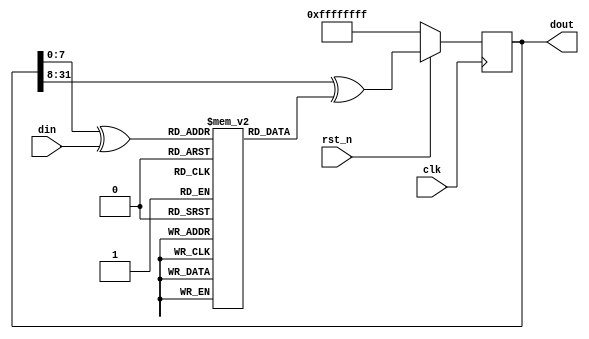
// CRC32 based on https://msdn.microsoft.com/en-us/library/dd905031.aspx
//
// 
//
//
//

module crc32 (input [7:0] din, input clk, input rst_n, output [31:0] dout);

  reg [31:0] crctbl [255:0];
  reg [31:0] crc;

  initial
    begin
        crctbl[0] <= 32'h00000000;
        crctbl[1] <= 32'h77073096;
        crctbl[2] <= 32'hEE0E612C;
        crctbl[3] <= 32'h990951BA;
        crctbl[4] <= 32'h076DC419;
        crctbl[5] <= 32'h706AF48F;
        crctbl[6] <= 32'hE963A535;
        crctbl[7] <= 32'h9E6495A3;
        crctbl[8] <= 32'h0EDB8832;
        crctbl[9] <= 32'h79DCB8A4;
        crctbl[10] <= 32'hE0D5E91E;
        crctbl[11] <= 32'h97D2D988;
        crctbl[12] <= 32'h09B64C2B;
        crctbl[13] <= 32'h7EB17CBD;
        crctbl[14] <= 32'hE7B82D07;
        crctbl[15] <= 32'h90BF1D91;
        crctbl[16] <= 32'h1DB71064;
        crctbl[17] <= 32'h6AB020F2;
        crctbl[18] <= 32'hF3B97148;
        crctbl[19] <= 32'h84BE41DE;
        crctbl[20] <= 32'h1ADAD47D;
        crctbl[21] <= 32'h6DDDE4EB;
        crctbl[22] <= 32'hF4D4B551;
        crctbl[23] <= 32'h83D385C7;
        crctbl[24] <= 32'h136C9856;
        crctbl[25] <= 32'h646BA8C0;
        crctbl[26] <= 32'hFD62F97A;
        crctbl[27] <= 32'h8A65C9EC;
        crctbl[28] <= 32'h14015C4F;
        crctbl[29] <= 32'h63066CD9;
        crctbl[30] <= 32'hFA0F3D63;
        crctbl[31] <= 32'h8D080DF5;
        crctbl[32] <= 32'h3B6E20C8;
        crctbl[33] <= 32'h4C69105E;
        crctbl[34] <= 32'hD56041E4;
        crctbl[35] <= 32'hA2677172;
        crctbl[36] <= 32'h3C03E4D1;
        crctbl[37] <= 32'h4B04D447;
        crctbl[38] <= 32'hD20D85FD;
        crctbl[39] <= 32'hA50AB56B;
        crctbl[40] <= 32'h35B5A8FA;
        crctbl[41] <= 32'h42B2986C;
        crctbl[42] <= 32'hDBBBC9D6;
        crctbl[43] <= 32'hACBCF940;
        crctbl[44] <= 32'h32D86CE3;
        crctbl[45] <= 32'h45DF5C75;
        crctbl[46] <= 32'hDCD60DCF;
        crctbl[47] <= 32'hABD13D59;
        crctbl[48] <= 32'h26D930AC;
        crctbl[49] <= 32'h51DE003A;
        crctbl[50] <= 32'hC8D75180;
        crctbl[51] <= 32'hBFD06116;
        crctbl[52] <= 32'h21B4F4B5;
        crctbl[53] <= 32'h56B3C423;
        crctbl[54] <= 32'hCFBA9599;
        crctbl[55] <= 32'hB8BDA50F;
        crctbl[56] <= 32'h2802B89E;
        crctbl[57] <= 32'h5F058808;
        crctbl[58] <= 32'hC60CD9B2;
        crctbl[59] <= 32'hB10BE924;
        crctbl[60] <= 32'h2F6F7C87;
        crctbl[61] <= 32'h58684C11;
        crctbl[62] <= 32'hC1611DAB;
        crctbl[63] <= 32'hB6662D3D;
        crctbl[64] <= 32'h76DC4190;
        crctbl[65] <= 32'h01DB7106;
        crctbl[66] <= 32'h98D220BC;
        crctbl[67] <= 32'hEFD5102A;
        crctbl[68] <= 32'h71B18589;
        crctbl[69] <= 32'h06B6B51F;
        crctbl[70] <= 32'h9FBFE4A5;
        crctbl[71] <= 32'hE8B8D433;
        crctbl[72] <= 32'h7807C9A2;
        crctbl[73] <= 32'h0F00F934;
        crctbl[74] <= 32'h9609A88E;
        crctbl[75] <= 32'hE10E9818;
        crctbl[76] <= 32'h7F6A0DBB;
        crctbl[77] <= 32'h086D3D2D;
        crctbl[78] <= 32'h91646C97;
        crctbl[79] <= 32'hE6635C01;
        crctbl[80] <= 32'h6B6B51F4;
        crctbl[81] <= 32'h1C6C6162;
        crctbl[82] <= 32'h856530D8;
        crctbl[83] <= 32'hF262004E;
        crctbl[84] <= 32'h6C0695ED;
        crctbl[85] <= 32'h1B01A57B;
        crctbl[86] <= 32'h8208F4C1;
        crctbl[87] <= 32'hF50FC457;
        crctbl[88] <= 32'h65B0D9C6;
        crctbl[89] <= 32'h12B7E950;
        crctbl[90] <= 32'h8BBEB8EA;
        crctbl[91] <= 32'hFCB9887C;
        crctbl[92] <= 32'h62DD1DDF;
        crctbl[93] <= 32'h15DA2D49;
        crctbl[94] <= 32'h8CD37CF3;
        crctbl[95] <= 32'hFBD44C65;
        crctbl[96] <= 32'h4DB26158;
        crctbl[97] <= 32'h3AB551CE;
        crctbl[98] <= 32'hA3BC0074;
        crctbl[99] <= 32'hD4BB30E2;
        crctbl[100] <= 32'h4ADFA541;
        crctbl[101] <= 32'h3DD895D7;
        crctbl[102] <= 32'hA4D1C46D;
        crctbl[103] <= 32'hD3D6F4FB;
        crctbl[104] <= 32'h4369E96A;
        crctbl[105] <= 32'h346ED9FC;
        crctbl[106] <= 32'hAD678846;
        crctbl[107] <= 32'hDA60B8D0;
        crctbl[108] <= 32'h44042D73;
        crctbl[109] <= 32'h33031DE5;
        crctbl[110] <= 32'hAA0A4C5F;
        crctbl[111] <= 32'hDD0D7CC9;
        crctbl[112] <= 32'h5005713C;
        crctbl[113] <= 32'h270241AA;
        crctbl[114] <= 32'hBE0B1010;
        crctbl[115] <= 32'hC90C2086;
        crctbl[116] <= 32'h5768B525;
        crctbl[117] <= 32'h206F85B3;
        crctbl[118] <= 32'hB966D409;
        crctbl[119] <= 32'hCE61E49F;
        crctbl[120] <= 32'h5EDEF90E;
        crctbl[121] <= 32'h29D9C998;
        crctbl[122] <= 32'hB0D09822;
        crctbl[123] <= 32'hC7D7A8B4;
        crctbl[124] <= 32'h59B33D17;
        crctbl[125] <= 32'h2EB40D81;
        crctbl[126] <= 32'hB7BD5C3B;
        crctbl[127] <= 32'hC0BA6CAD;
        crctbl[128] <= 32'hEDB88320;
        crctbl[129] <= 32'h9ABFB3B6;
        crctbl[130] <= 32'h03B6E20C;
        crctbl[131] <= 32'h74B1D29A;
        crctbl[132] <= 32'hEAD54739;
        crctbl[133] <= 32'h9DD277AF;
        crctbl[134] <= 32'h04DB2615;
        crctbl[135] <= 32'h73DC1683;
        crctbl[136] <= 32'hE3630B12;
        crctbl[137] <= 32'h94643B84;
        crctbl[138] <= 32'h0D6D6A3E;
        crctbl[139] <= 32'h7A6A5AA8;
        crctbl[140] <= 32'hE40ECF0B;
        crctbl[141] <= 32'h9309FF9D;
        crctbl[142] <= 32'h0A00AE27;
        crctbl[143] <= 32'h7D079EB1;
        crctbl[144] <= 32'hF00F9344;
        crctbl[145] <= 32'h8708A3D2;
        crctbl[146] <= 32'h1E01F268;
        crctbl[147] <= 32'h6906C2FE;
        crctbl[148] <= 32'hF762575D;
        crctbl[149] <= 32'h806567CB;
        crctbl[150] <= 32'h196C3671;
        crctbl[151] <= 32'h6E6B06E7;
        crctbl[152] <= 32'hFED41B76;
        crctbl[153] <= 32'h89D32BE0;
        crctbl[154] <= 32'h10DA7A5A;
        crctbl[155] <= 32'h67DD4ACC;
        crctbl[156] <= 32'hF9B9DF6F;
        crctbl[157] <= 32'h8EBEEFF9;
        crctbl[158] <= 32'h17B7BE43;
        crctbl[159] <= 32'h60B08ED5;
        crctbl[160] <= 32'hD6D6A3E8;
        crctbl[161] <= 32'hA1D1937E;
        crctbl[162] <= 32'h38D8C2C4;
        crctbl[163] <= 32'h4FDFF252;
        crctbl[164] <= 32'hD1BB67F1;
        crctbl[165] <= 32'hA6BC5767;
        crctbl[166] <= 32'h3FB506DD;
        crctbl[167] <= 32'h48B2364B;
        crctbl[168] <= 32'hD80D2BDA;
        crctbl[169] <= 32'hAF0A1B4C;
        crctbl[170] <= 32'h36034AF6;
        crctbl[171] <= 32'h41047A60;
        crctbl[172] <= 32'hDF60EFC3;
        crctbl[173] <= 32'hA867DF55;
        crctbl[174] <= 32'h316E8EEF;
        crctbl[175] <= 32'h4669BE79;
        crctbl[176] <= 32'hCB61B38C;
        crctbl[177] <= 32'hBC66831A;
        crctbl[178] <= 32'h256FD2A0;
        crctbl[179] <= 32'h5268E236;
        crctbl[180] <= 32'hCC0C7795;
        crctbl[181] <= 32'hBB0B4703;
        crctbl[182] <= 32'h220216B9;
        crctbl[183] <= 32'h5505262F;
        crctbl[184] <= 32'hC5BA3BBE;
        crctbl[185] <= 32'hB2BD0B28;
        crctbl[186] <= 32'h2BB45A92;
        crctbl[187] <= 32'h5CB36A04;
        crctbl[188] <= 32'hC2D7FFA7;
        crctbl[189] <= 32'hB5D0CF31;
        crctbl[190] <= 32'h2CD99E8B;
        crctbl[191] <= 32'h5BDEAE1D;
        crctbl[192] <= 32'h9B64C2B0;
        crctbl[193] <= 32'hEC63F226;
        crctbl[194] <= 32'h756AA39C;
        crctbl[195] <= 32'h026D930A;
        crctbl[196] <= 32'h9C0906A9;
        crctbl[197] <= 32'hEB0E363F;
        crctbl[198] <= 32'h72076785;
        crctbl[199] <= 32'h05005713;
        crctbl[200] <= 32'h95BF4A82;
        crctbl[201] <= 32'hE2B87A14;
        crctbl[202] <= 32'h7BB12BAE;
        crctbl[203] <= 32'h0CB61B38;
        crctbl[204] <= 32'h92D28E9B;
        crctbl[205] <= 32'hE5D5BE0D;
        crctbl[206] <= 32'h7CDCEFB7;
        crctbl[207] <= 32'h0BDBDF21;
        crctbl[208] <= 32'h86D3D2D4;
        crctbl[209] <= 32'hF1D4E242;
        crctbl[210] <= 32'h68DDB3F8;
        crctbl[211] <= 32'h1FDA836E;
        crctbl[212] <= 32'h81BE16CD;
        crctbl[213] <= 32'hF6B9265B;
        crctbl[214] <= 32'h6FB077E1;
        crctbl[215] <= 32'h18B74777;
        crctbl[216] <= 32'h88085AE6;
        crctbl[217] <= 32'hFF0F6A70;
        crctbl[218] <= 32'h66063BCA;
        crctbl[219] <= 32'h11010B5C;
        crctbl[220] <= 32'h8F659EFF;
        crctbl[221] <= 32'hF862AE69;
        crctbl[222] <= 32'h616BFFD3;
        crctbl[223] <= 32'h166CCF45;
        crctbl[224] <= 32'hA00AE278;
        crctbl[225] <= 32'hD70DD2EE;
        crctbl[226] <= 32'h4E048354;
        crctbl[227] <= 32'h3903B3C2;
        crctbl[228] <= 32'hA7672661;
        crctbl[229] <= 32'hD06016F7;
        crctbl[230] <= 32'h4969474D;
        crctbl[231] <= 32'h3E6E77DB;
        crctbl[232] <= 32'hAED16A4A;
        crctbl[233] <= 32'hD9D65ADC;
        crctbl[234] <= 32'h40DF0B66;
        crctbl[235] <= 32'h37D83BF0;
        crctbl[236] <= 32'hA9BCAE53;
        crctbl[237] <= 32'hDEBB9EC5;
        crctbl[238] <= 32'h47B2CF7F;
        crctbl[239] <= 32'h30B5FFE9;
        crctbl[240] <= 32'hBDBDF21C;
        crctbl[241] <= 32'hCABAC28A;
        crctbl[242] <= 32'h53B39330;
        crctbl[243] <= 32'h24B4A3A6;
        crctbl[244] <= 32'hBAD03605;
        crctbl[245] <= 32'hCDD70693;
        crctbl[246] <= 32'h54DE5729;
        crctbl[247] <= 32'h23D967BF;
        crctbl[248] <= 32'hB3667A2E;
        crctbl[249] <= 32'hC4614AB8;
        crctbl[250] <= 32'h5D681B02;
        crctbl[251] <= 32'h2A6F2B94;
        crctbl[252] <= 32'hB40BBE37;
        crctbl[253] <= 32'hC30C8EA1;
        crctbl[254] <= 32'h5A05DF1B;
        crctbl[255] <= 32'h2D02EF8D;
    end

  always @(posedge clk)
  begin
    if (rst_n == 1'b0)
      crc <= 32'hFFFFFFFF;
    else
      crc <= (crc >> 8) ^ crctbl[(crc[7:0] ^ din)];    
  end

  assign dout = crc;

endmodule